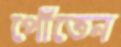
পোঁতেন